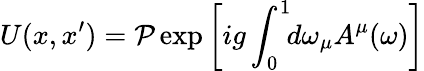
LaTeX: U(x,x^{\prime})={\cal P}\exp\left[ig\int_{0}^{1}\! \! d\omega_{\mu}A^{\mu}(\omega)\right]